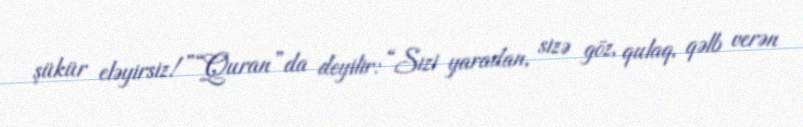
şükür eləyirsiz!”“Quran”da deyilir: “Sizi yaradan, sizə göz, qulaq, qəlb verən